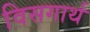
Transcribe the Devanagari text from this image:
विसगार्थ